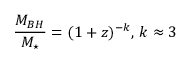
\frac { M _ { B H } } { M _ { \star } } = ( 1 + z ) ^ { - k } , \, k \approx 3